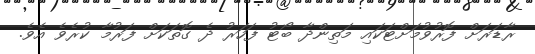
ރާޑަރަށް ފޮރުވުމަށްޓަކައި މަތިންދާ ބޯޓު ފަހަރު ދެ ގޮތަކަށް ފަރުމާ ކުރެވެ އެވެ.